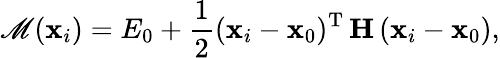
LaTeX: \mathscr{M}(\mathbf{{x}}_{i})=E_{0}+\frac{{1}}{{2}}(\mathbf{{x}}_{i}-\mathbf{{x}}_{0})^{\mathrm{{T}}}\, \mathbf{{H}}\, (\mathbf{{x}}_{i}-\mathbf{{x}}_{0}),